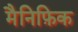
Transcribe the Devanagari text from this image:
मैनिफ़िक